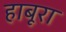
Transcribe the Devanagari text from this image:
हाबूरा